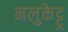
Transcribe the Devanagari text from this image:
नलुकेट्टू